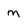
Character: m